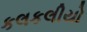
કલકલીયો